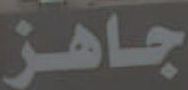
جاهز